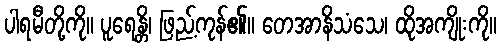
ပါရမီတို့ကို။ ပူရေန္တိ၊ ဖြည့်ကုန်၏။ တေအာနိသံသေ၊ ထိုအကျိုးကို။